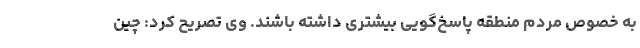
به خصوص مردم منطقه پاسخ‌گویی بیشتری داشته باشند. وی تصریح کرد: چین